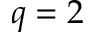
q = 2